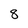
Character: 8